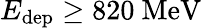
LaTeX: E_{\mathrm{dep}}\geq 820~\mathrm{MeV}